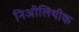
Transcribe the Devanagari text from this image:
निओलिथीक